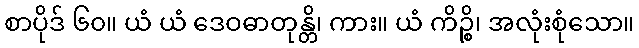
စာပိုဒ် ၆၀။ ယံ ယံ ဒေဝဓာတုန္တိ၊ ကား။ ယံ ကိဉ္စိ၊ အလုံးစုံသော။